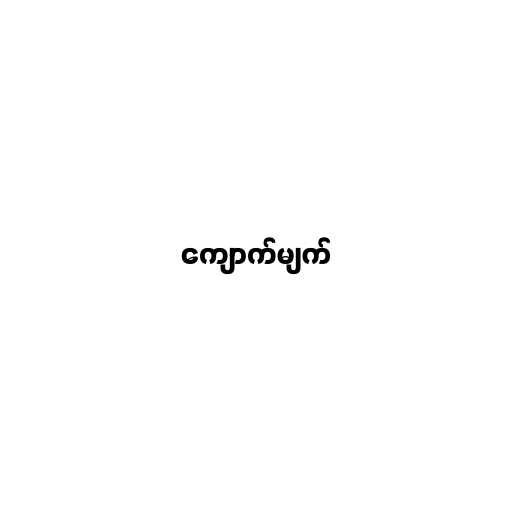
ကျောက်မျက်